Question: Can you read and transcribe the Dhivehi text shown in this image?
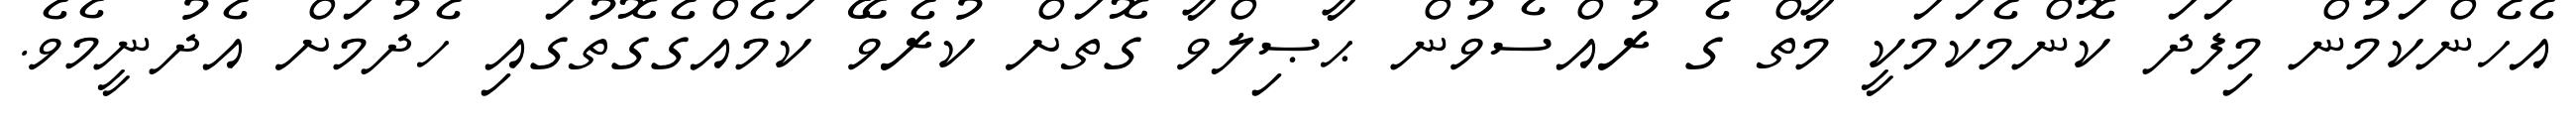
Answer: އެހެންކަމުން މިފަދަ ކޮންމެކަމަކީ މާތް ގެ ރުއްސެވުން ޙާޞިލްވާ ގޮތަށް ކުރެވޭ ކަމެއްގެގޮތުގައި ހެދުމަށް އެދުނީމެވެ.